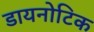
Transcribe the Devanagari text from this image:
डायनोटिक